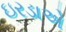
ઇરડાએ